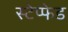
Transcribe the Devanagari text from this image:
स्टेप्फेड